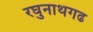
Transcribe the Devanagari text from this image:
रघुनाथगढ